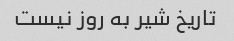
تاریخ شیر به روز نیست